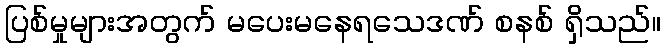
ပြစ်မှုများအတွက် မပေးမနေရသေဒဏ် စနစ် ရှိသည်။